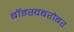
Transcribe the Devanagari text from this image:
बॉइस्वबरोबर